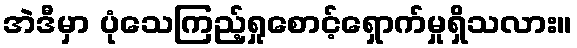
အဲဒီမှာ ပုံသေကြည့်ရှုစောင့်ရှောက်မှုရှိသလား။